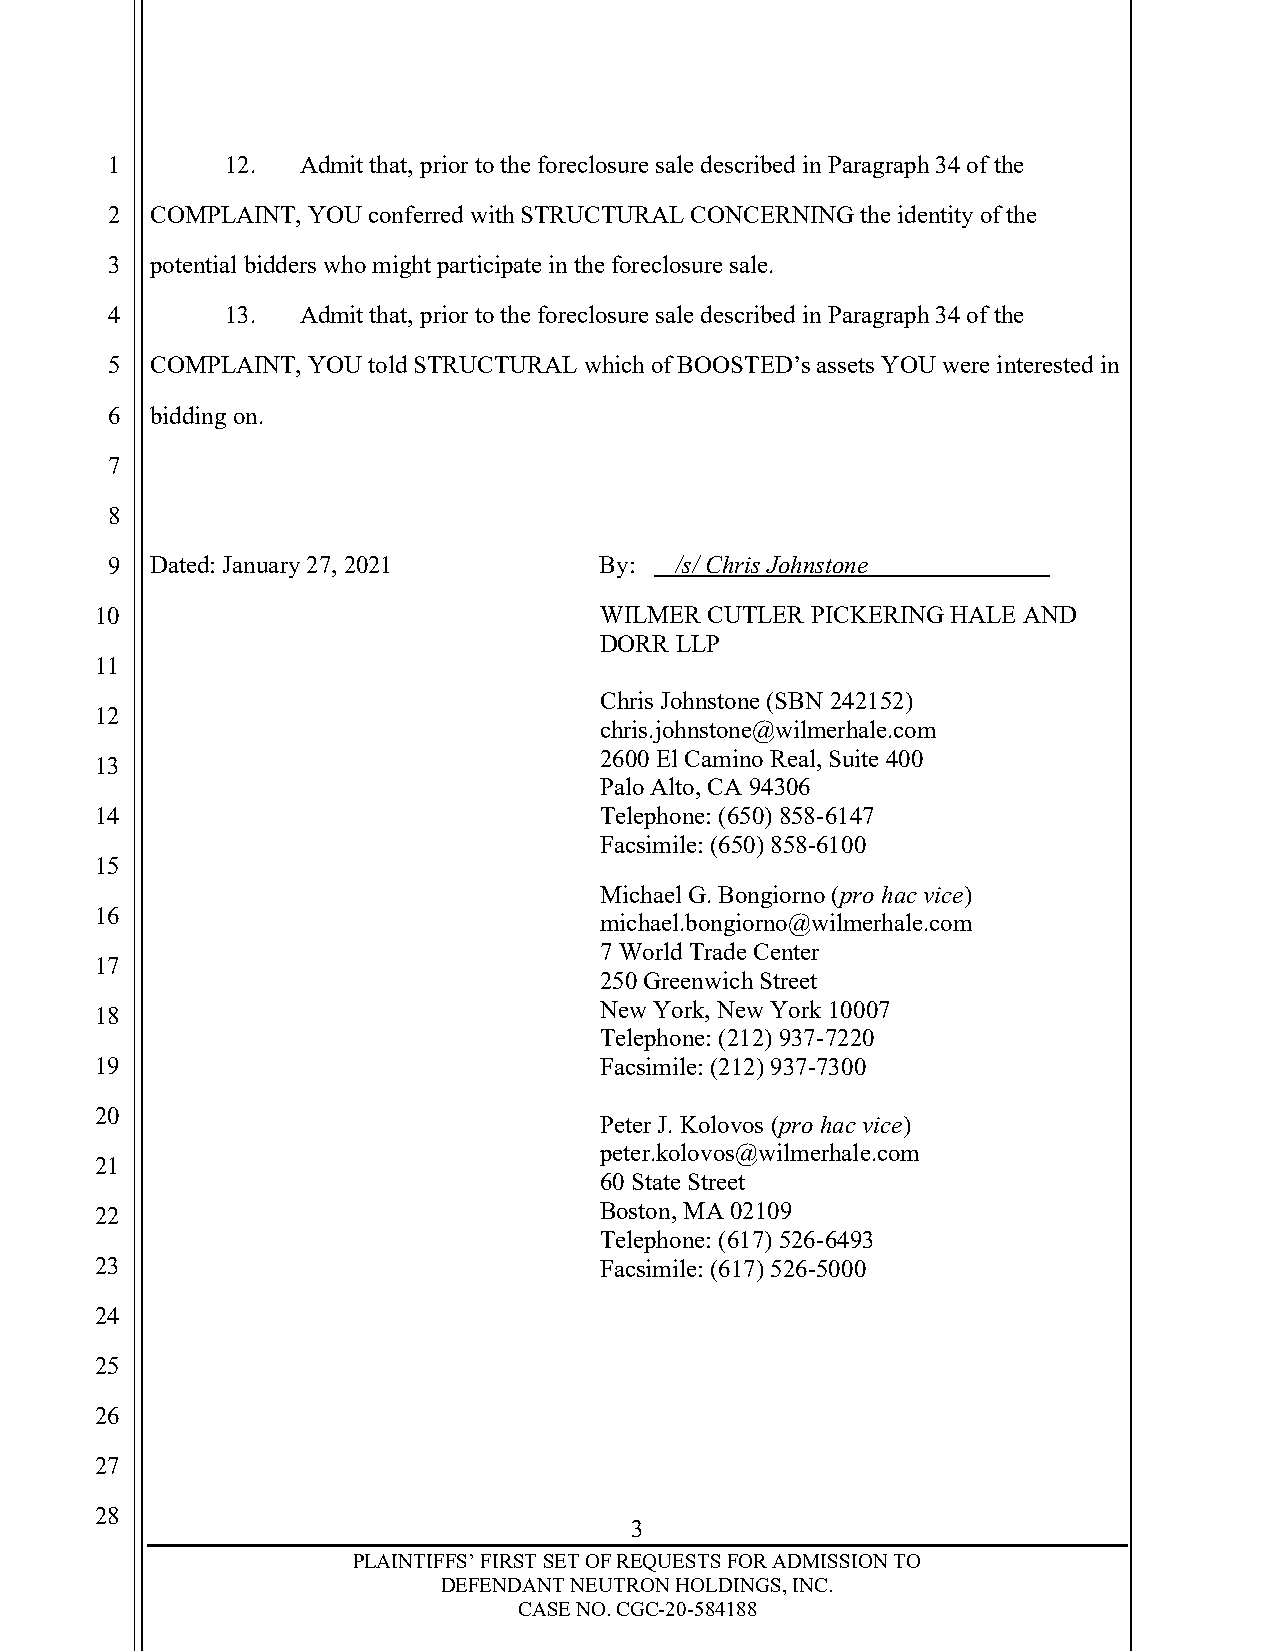
1       12.  Admit that, prior to the foreclosure sale described in Paragraph 34 of the
 2  COMPLAINT, YOU conferred with STRUCTURAL CONCERNING the identity of the
 3  potential bidders who might participate in the foreclosure sale.
 4       13.  Admit that, prior to the foreclosure sale described in Paragraph 34 of the
 5  COMPLAINT, YOU told STRUCTURAL which of BOOSTED’s assets YOU were interested in
 6  bidding on.
 7
 8
 9  Dated: January 27, 2021       By:  /s/ Chris Johnstone
 10                                WILMER CUTLER PICKERING HALE AND
 DORR LLP
 11
 Chris Johnstone (SBN 242152)
 12
 chris.johnstone@wilmerhale.com
 2600 El Camino Real, Suite 400
 13
 Palo Alto, CA 94306
 14                                Telephone: (650) 858-6147
 Facsimile: (650) 858-6100
 15
 Michael G. Bongiorno (pro hac vice)
 16
 michael.bongiorno@wilmerhale.com
 7 World Trade Center
 17
 250 Greenwich Street
 18                                New York, New York 10007
 Telephone: (212) 937-7220
 19                                Facsimile: (212) 937-7300
 20
 Peter J. Kolovos (pro hac vice)
 peter.kolovos@wilmerhale.com
 21
 60 State Street
 22                                Boston, MA 02109
 Telephone: (617) 526-6493
 23                                Facsimile: (617) 526-5000
 24
 25
 26
 27
 28
 3
 PLAINTIFFS’ FIRST SET OF REQUESTS FOR ADMISSION TO
 DEFENDANT NEUTRON HOLDINGS, INC.
 CASE NO. CGC-20-584188